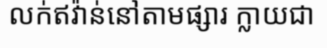
លក់ឥវ៉ាន់នៅតាមផ្សារ ក្លាយជា